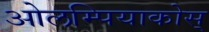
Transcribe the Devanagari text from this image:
ओलम्पियाकोस्